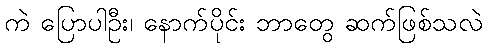
ကဲ ပြောပါဦး၊ နောက်ပိုင်း ဘာတွေ ဆက်ဖြစ်သလဲ